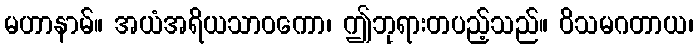
မဟာနာမ်။ အယံအရိယသာဝကော၊ ဤဘုရားတပည့်သည်။ ဝိသမဂတာယ၊